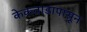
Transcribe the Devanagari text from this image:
केकताडापासून